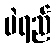
ပဲရည်